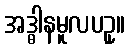
အဒ္ဓါနမူလပဥှ။